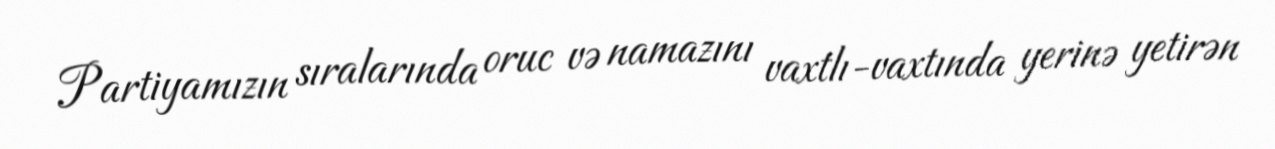
Partiyamızın sıralarında oruc və namazını vaxtlı-vaxtında yerinə yetirən